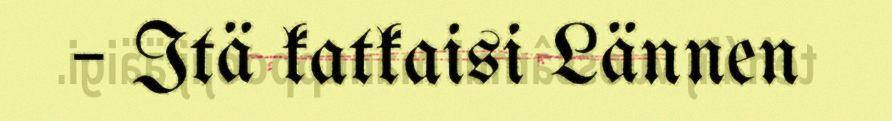
– Itä katkaisi Lännen